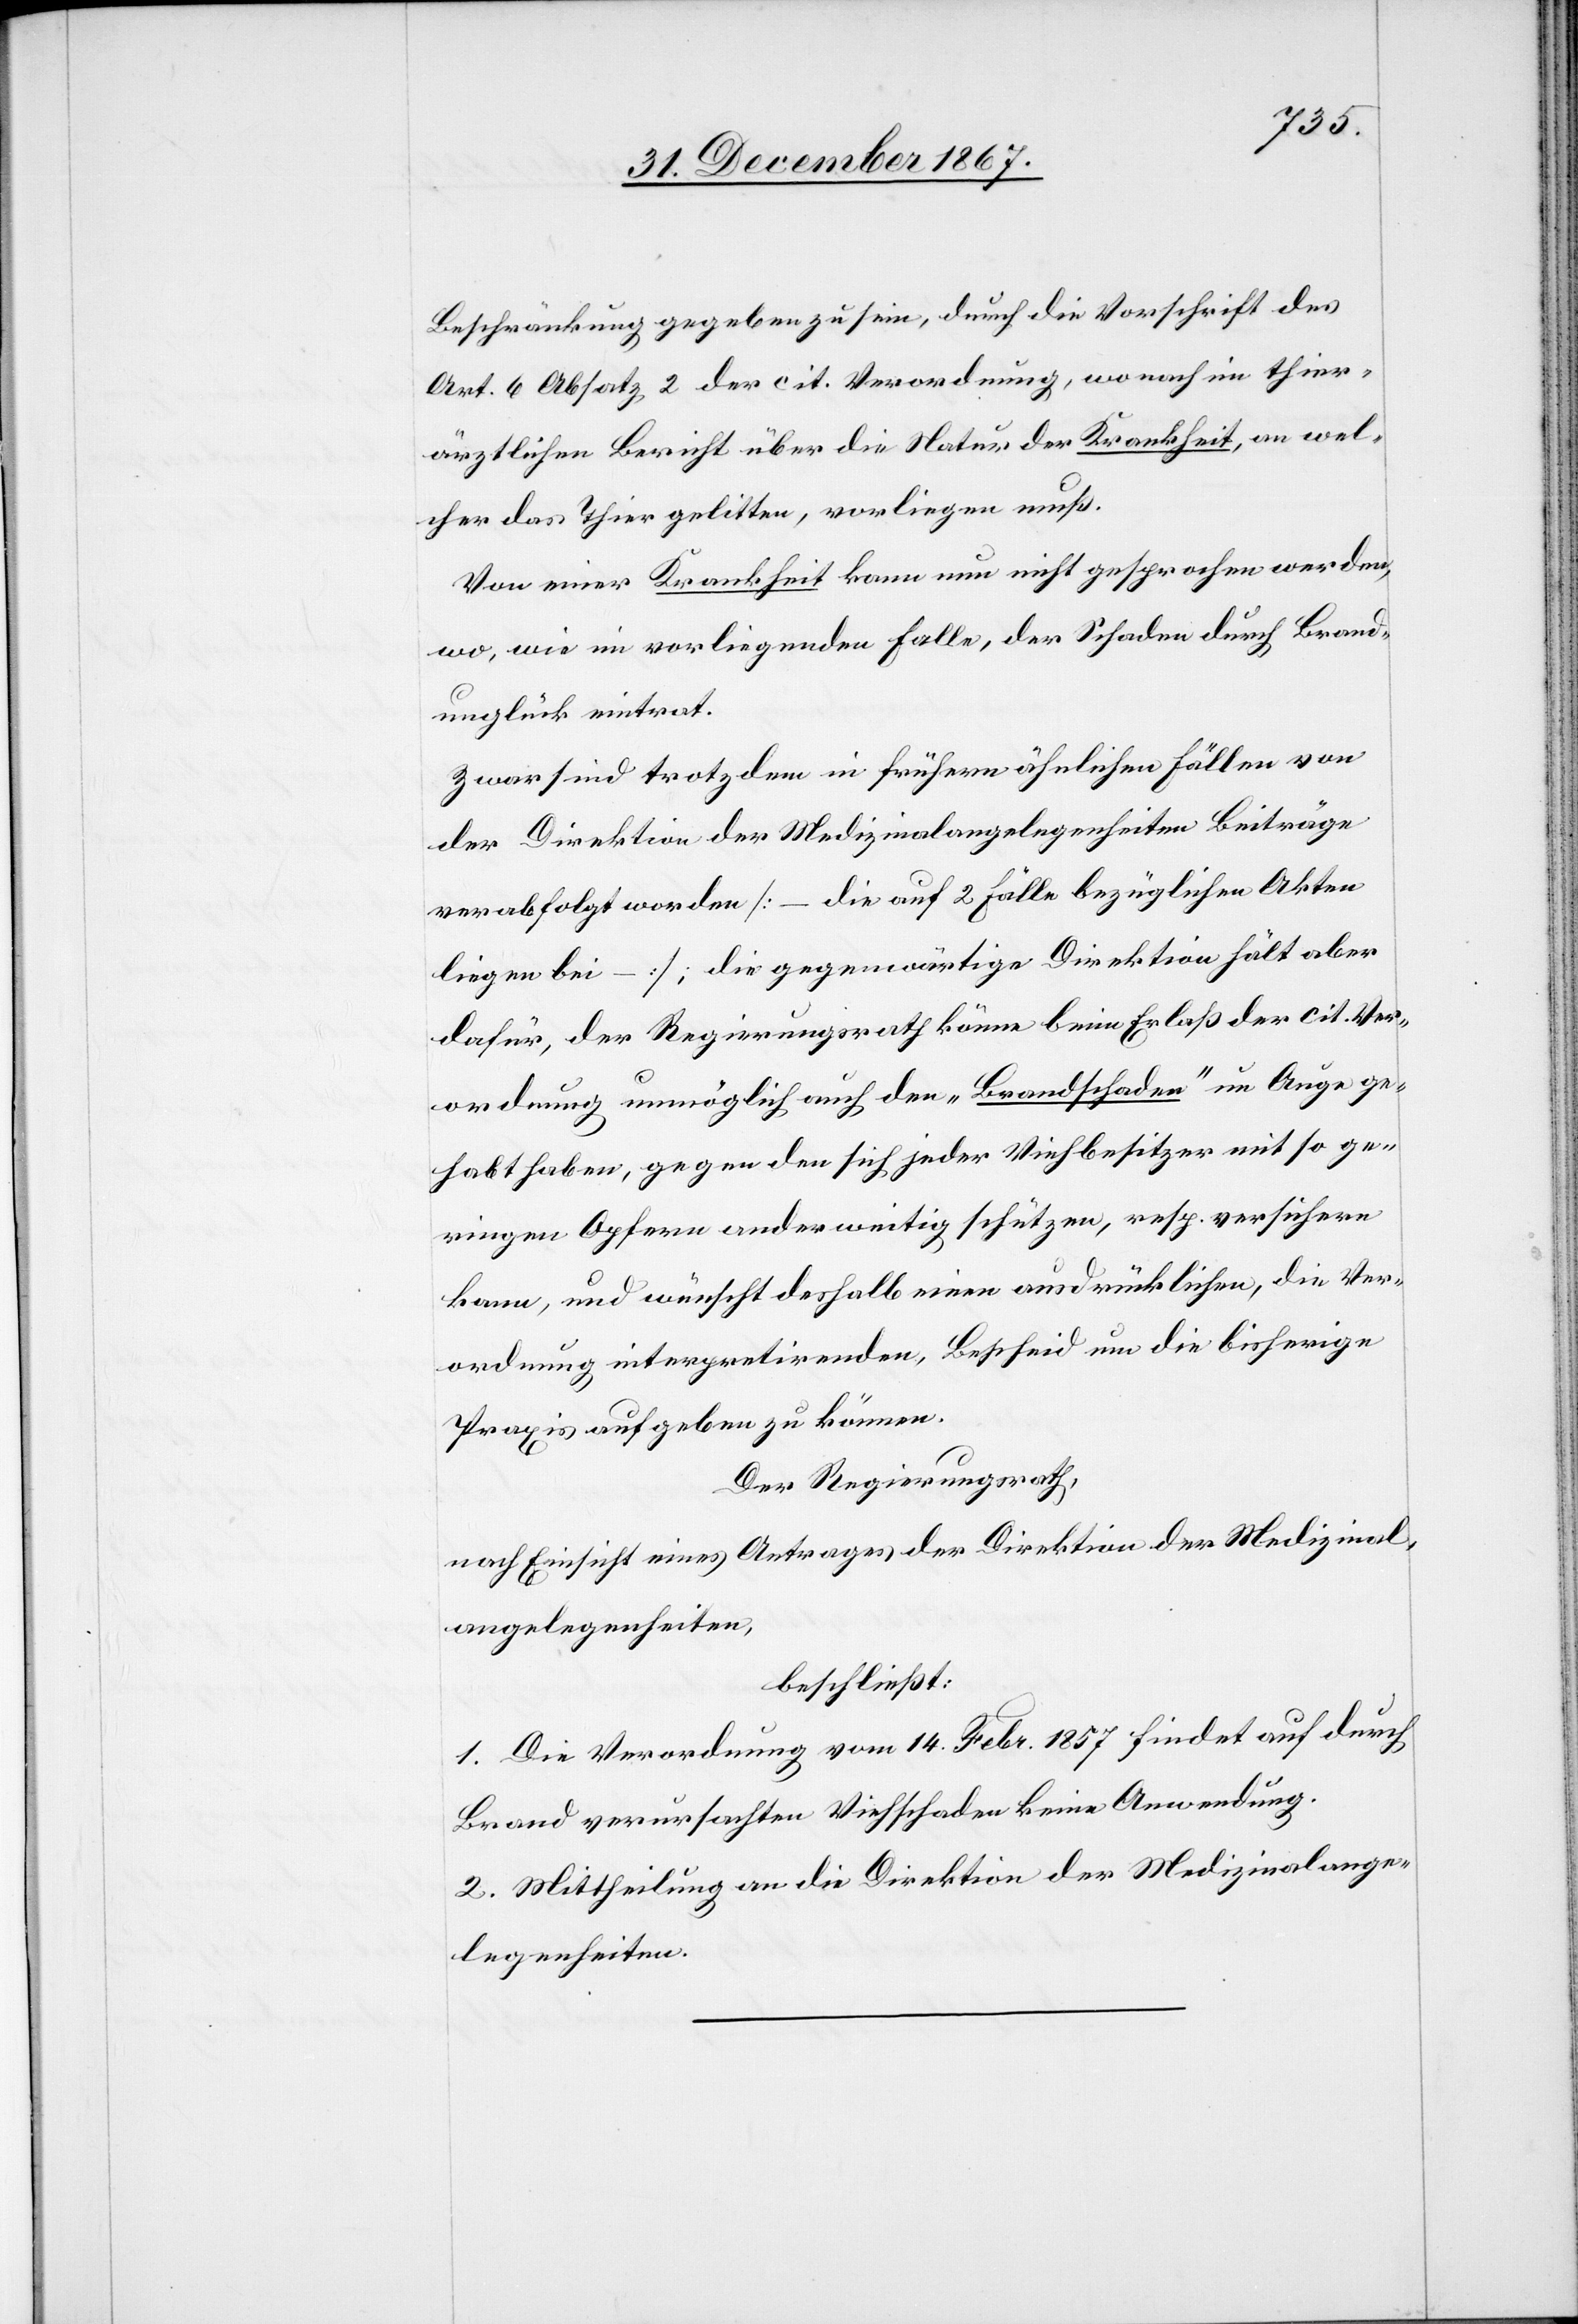
Beschränkung gegeben zu sein, durch die Vorschrift des
Art. 6 Absatz 2 der cit. Verordnung, wonach im thier¬
ärztlichen Bericht über die Natur der Krankheit, an wel¬
cher das Thier gelitten, vorliegen muß.
Von einer Krankheit kann nun nicht gesprochen werden,
wo, wie im vorliegenden Falle, der Schaden durch Brand¬
unglück eintrat.
Zwar sind trotzdem in frühern ähnlichen Fällen von
der Direktion der Medizinalangelegenheiten Beiträge
verabfolgt worden [– die auf 2 Fälle bezüglichen Akten
liegen bei –], die gegenwärtige Direktion hält aber
dafür, der Regierungsrath könne beim Erlaß der cit. Ver¬
ordnung unmöglich auch den „Brandschaden“ im Auge ge¬
habt habe, gegen den sich jeder Viehbesitzer mit so ge¬
ringen Opfern anderweitig schützen, resp. versichern
kann, und wünscht deshalb einen ausdrücklichen, die Ver¬
ordnung interpretirenden, Bescheid um die bisherige
Praxis aufgeben zu können.
Der Regierungsrath,
nach Einsicht eines Antrages der Direktion der Medizinal¬
angelegenheiten,
beschließt:
1. Die Verordnung vom 14. Febr. 1857 findet auf durch
Brand verursachten Viehschaden keine Anwendung.
2. Mittheilung an die Direktion der Medizinalange¬
legenheiten.